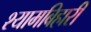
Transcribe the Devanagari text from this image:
श्यामबिहारी